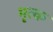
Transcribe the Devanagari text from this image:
मृत्क